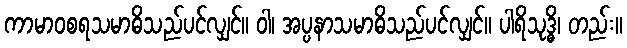
ကာမာဝစရသမာဓိသည်ပင်လျှင်။ ဝါ၊ အပ္ပနာသမာဓိသည်ပင်လျှင်။ ပါရိသုဒ္ဓိ၊ တည်း။